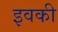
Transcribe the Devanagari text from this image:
इवकी